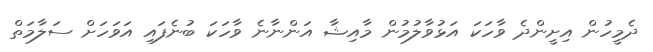
ދެމީހުން އިށީންދެ ވާހަކަ އަޅުވާލުމުން މާއިޝާ އަންނާނެ ވާހަކަ ބުނެފައި އަވަހަށް ސަލާމަތް